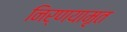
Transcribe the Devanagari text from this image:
निर्णयामृत